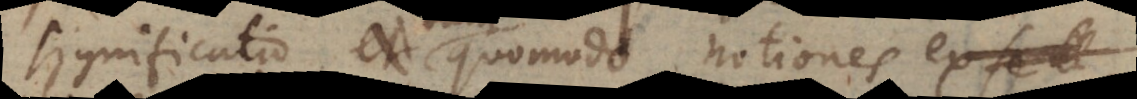
significatio tum quomodo notiones ex